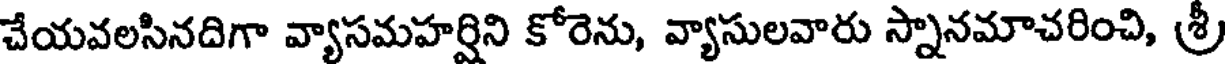
చేయవలసినదిగా వ్యాసమహర్షిని కోరెను, వ్యాసులవారు స్నానమాచరించి, శ్రీ